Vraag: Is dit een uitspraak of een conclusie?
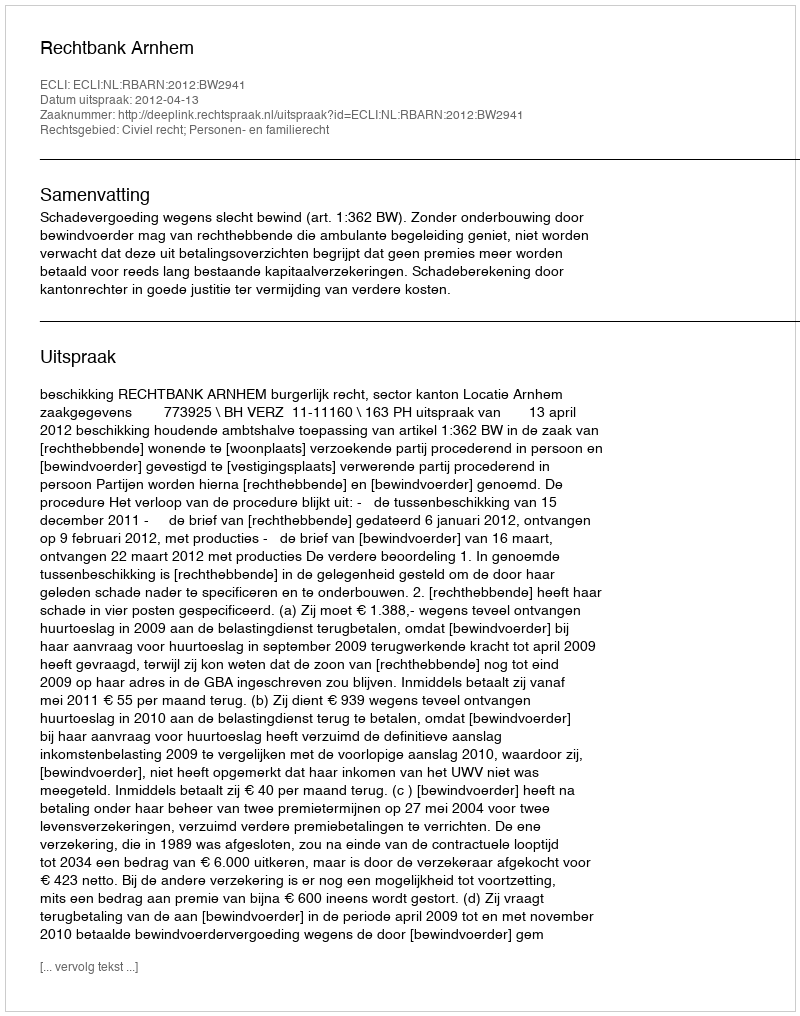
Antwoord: Uitspraak